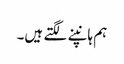
ہم ہانپنے لگتے ہیں۔